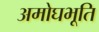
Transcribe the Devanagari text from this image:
अमोघभूति